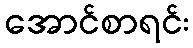
အောင်စာရင်း